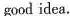
good idea.